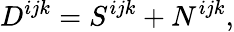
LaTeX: D^{ijk}=S^{ijk}+N^{ijk},